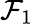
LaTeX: {\mathcal{F}}_{1}